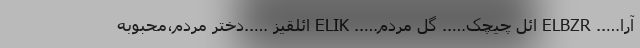
آرا….. ELBZR ائل چیچک….. گل مردم….. ELIK ائلقیز …..دختر مردم،محبوبه